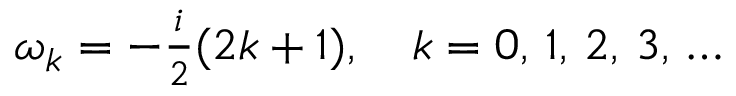
\begin{array} { r } { \omega _ { k } = - \frac { i } { 2 } ( 2 k + 1 ) , \quad k = 0 , \, 1 , \, 2 , \, 3 , \, \dots } \end{array}